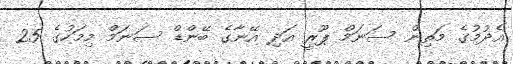
އެދުމުގެ މަތިން ސަނަމް ޕޫރީ އަދި އޭނާގެ ބޭންޑް ސަނަމް މިމަހުގެ 25